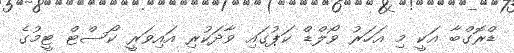
ޑްރޮގްބާ އަކީ މި އަހަރު ވޯލްޑް ކަޕުގައި ވާދަކުރި އައިވަރީ ކޯސްޓް ޓީމުގެ